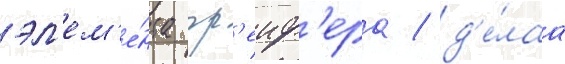
эл'ем'е́нта гр'еиф'ера / д'е́лаа